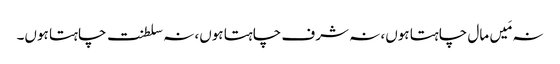
نہ مَیں مال چاہتا ہوں، نہ شرف چاہتا ہوں، نہ سلطنت چاہتا ہوں۔